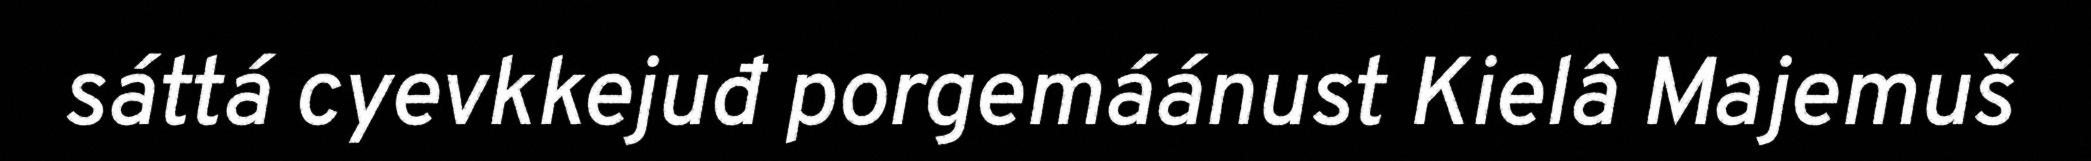
sáttá cyevkkejuđ porgemáánust Kielâ Majemuš